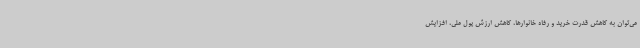
می‌توان به کاهش قدرت خرید و رفاه خانوارها، کاهش ارزش پول ملی، افزایش